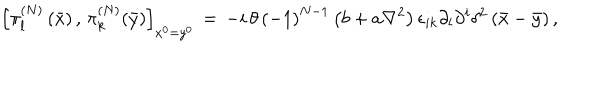
LaTeX: \left[ \pi _ { l } ^ { \left( N \right) } \left( \bar { x } \right) , \, \pi _ { k } ^ { \left( N \right) } ( \bar { y } ) \right] _ { x ^ { 0 } = y ^ { 0 } } \, = \, - i \, \theta \, \left( - 1 \right) ^ { N - 1 } \left( b + a \nabla ^ { 2 } \right) \epsilon _ { i k } \partial _ { l } \partial ^ { i } \delta ^ { 2 } \left( \bar { x } - \bar { y } \right) ,